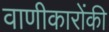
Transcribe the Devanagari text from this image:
वाणीकारोंकी